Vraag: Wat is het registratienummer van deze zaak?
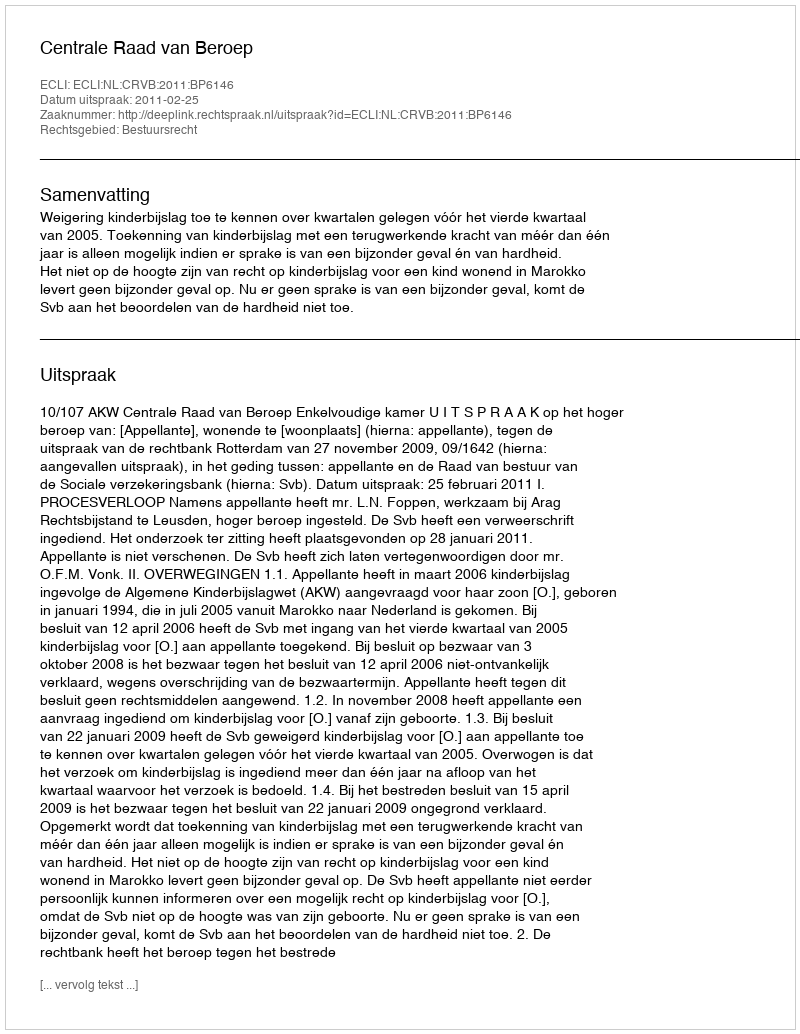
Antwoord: http://deeplink.rechtspraak.nl/uitspraak?id=ECLI:NL:CRVB:2011:BP6146